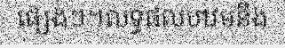
ផ្សេងៗ។លទ្ធផលបឋមនឹង